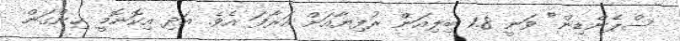
ސްޕެންޑިން" ވަނީ 1.8 ބިލިއަން ރުފިޔާއަށް އަރާފަ އެވެ. އަދި އިކޮނޮމީ ހިންގަން